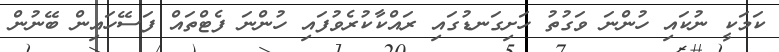
ކަމަކީ ނުކައި ހުންނަ ވަގުތު ހަށިގަނޑުގައި ރައްކާކުރެވުފައި ހުންނަ ފެޓްތައް ފަސޭހައިން ބޭނުން